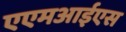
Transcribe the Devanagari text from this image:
एएमआईएस